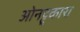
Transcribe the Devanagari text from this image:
ओनट्टुकारा